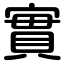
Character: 實